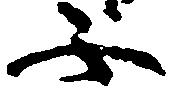
不